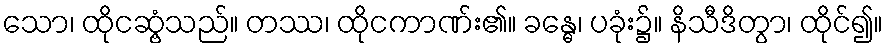
သော၊ ထိုငဆွံ့သည်။ တဿ၊ ထိုငကာဏ်း၏။ ခန္ဓေ၊ ပခုံး၌။ နိသီဒိတွာ၊ ထိုင်၍။